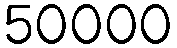
50000